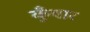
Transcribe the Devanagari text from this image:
कुँवार